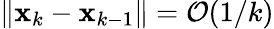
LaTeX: \| \mathbf{x}_{k}-\mathbf{x}_{k-1}\| =\mathcal{{O}}(1/k)